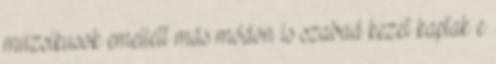
muzsikusok emellett más módon is szabad kezet kaptak e